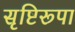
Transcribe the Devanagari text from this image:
सृष्टिरूपा